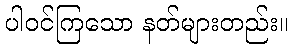
ပါဝင်ကြသော နတ်များတည်း။